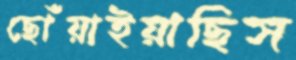
ছোঁয়াইয়াছিস